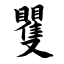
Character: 矍